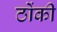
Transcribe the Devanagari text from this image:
ठोंकी